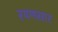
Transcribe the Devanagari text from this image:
रयणसार